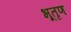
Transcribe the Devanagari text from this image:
भूतृण